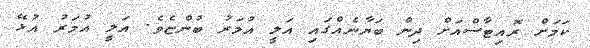
ކަމަށް ރޮއިޓާސްއަށް ދިން ބަޔާނެއްގައި އަލީ އުމަރު ބުންޏެވެ. އަލީ އުމަރު އުޅޭ